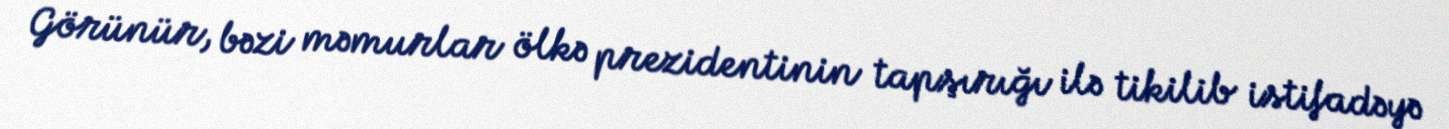
Görünür, bəzi məmurlar ölkə prezidentinin tapşırığı ilə tikilib istifadəyə